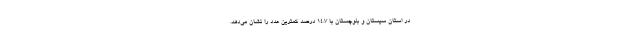
در استان سیستان و بلوچستان با ١٤.٧ درصد کمترین عدد را نشان می‌دهد.